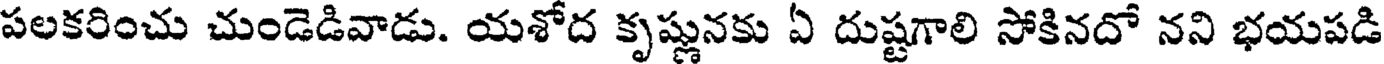
పలకరించు చుండెడివాడు. యశోద కృష్ణునకు ఏ దుష్టగాలి సోకినదో నని భయపడి